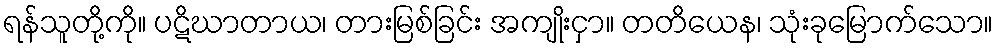
ရန်သူတို့ကို။ ပဋိဃာတာယ၊ တားမြစ်ခြင်း အကျိုးငှာ။ တတိယေန၊ သုံးခုမြောက်သော။